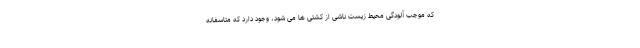
که موجب آلودگی محیط زیست ناشی از کشتی ها می شود، وجود دارد که متاسفانه